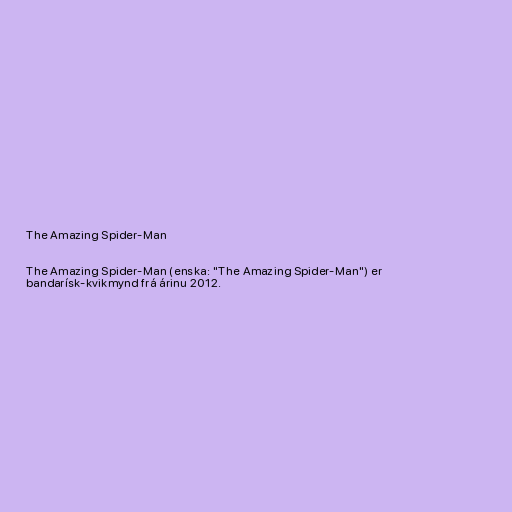
The Amazing Spider-Man

The Amazing Spider-Man (enska: "The Amazing Spider-Man") er
bandarísk-kvikmynd frá árinu 2012.